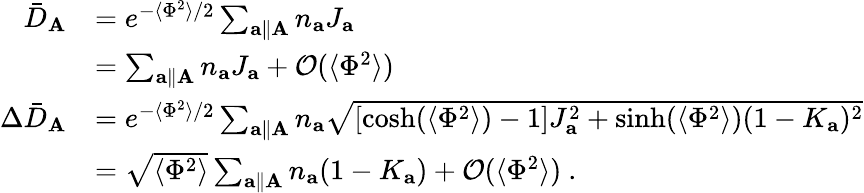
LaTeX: \begin{array}{rl}{\bar{D}_{\mathbf{A}}}&{=e^{-\langle\Phi^{2}\rangle/2}\sum_{\mathbf{a}\parallel\mathbf{A}}n_{\mathbf{a}}J_{\mathbf{a}}}\\ &{=\sum_{\mathbf{a}\parallel\mathbf{A}}n_{\mathbf{a}}J_{\mathbf{a}}+\mathcal{O}(\langle\Phi^{2}\rangle)}\\ {\Delta\bar{D}_{\mathbf{A}}}&{=e^{-\langle\Phi^{2}\rangle/2}\sum_{\mathbf{a}\parallel\mathbf{A}}n_{\mathbf{a}}\sqrt{\left[\cosh(\langle\Phi^{2}\rangle)-1\right]J_{\mathbf{a}}^{2}+\sinh(\langle\Phi^{2}\rangle)(1-K_{\mathbf{a}})^{2}}}\\ &{=\sqrt{\langle\Phi^{2}\rangle}\sum_{\mathbf{a}\parallel\mathbf{A}}n_{\mathbf{a}}(1-K_{\mathbf{a}})+\mathcal{O}(\langle\Phi^{2}\rangle)~.}\end{array}